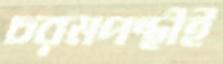
চরমপন্থীই